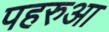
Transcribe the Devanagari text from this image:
पहरुआ